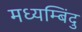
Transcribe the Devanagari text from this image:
मध्यम्बिंदु